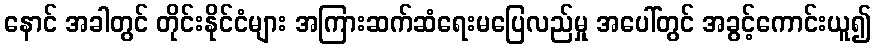
နောင် အခါတွင် တိုင်းနိုင်ငံများ အကြားဆက်ဆံရေးမပြေလည်မှု အပေါ်တွင် အခွင့်ကောင်းယူ၍